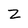
Character: Z